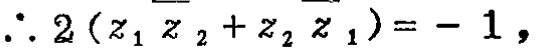
\(\therefore 2\left(z_{1} \overline{z}_{2}+z_{2} \overline{z}_{1}\right)=-1,\)